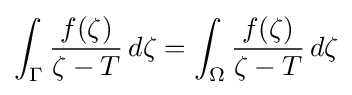
\int _{\Gamma }{\frac {f(\zeta )}{\zeta -T}}\,d\zeta =\int _{\Omega }{\frac {f(\zeta )}{\zeta -T}}\,d\zeta